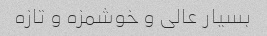
بسیار عالی و خوشمزه و تازه